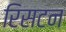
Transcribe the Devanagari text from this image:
रिसटन